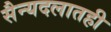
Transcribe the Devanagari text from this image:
सैन्यदलातही